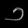
Digit: ၁